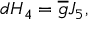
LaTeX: d H _ { 4 } = \overline { { { g } } } J _ { 5 } ,